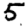
Digit: 5